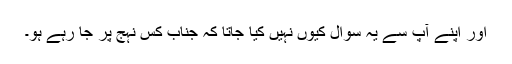
اور اپنے آپ سے یہ سوال کیوں نہیں کیا جاتا کہ جناب کس نہج پر جا رہے ہو۔